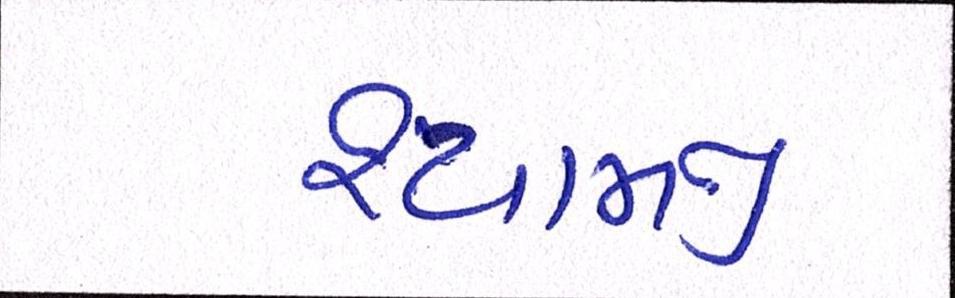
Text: શ્યામજી